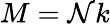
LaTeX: M=\mathcal{N}k